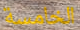
الخامسة